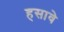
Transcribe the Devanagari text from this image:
हसावे